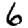
Digit: 6